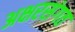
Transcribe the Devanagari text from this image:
अक्षरसंगत